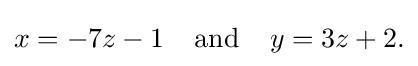
x=-7z-1\;\;\;\;{\text{and}}\;\;\;\;y=3z+2{\text{.}}